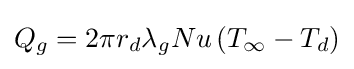
Q_{g}=2\pi r_{d}\lambda _{g}Nu\left(T_{\infty }-T_{d}\right)